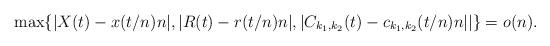
LaTeX: \begin{align*} \max\{|X(t) -x(t/n) n|,|R(t) - r(t/n) n|, |C_{k_1,k_2}(t) - c_{k_1,k_2}(t/n) n||\} = o(n). \end{align*}